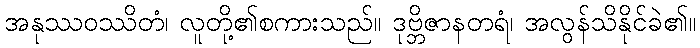
အနုဿဝဿိတံ၊ လူတို့၏စကားသည်။ ဒုဗ္ဘိဇာနတရံ၊ အလွန်သိနိုင်ခဲ၏။